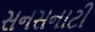
સનસનાટી